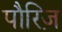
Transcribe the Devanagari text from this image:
पौरिज़